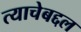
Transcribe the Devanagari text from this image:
त्याचेबद्दल